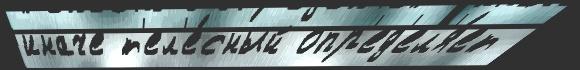
иначе т'ел'е́сный опр'ед'ел'я́ет